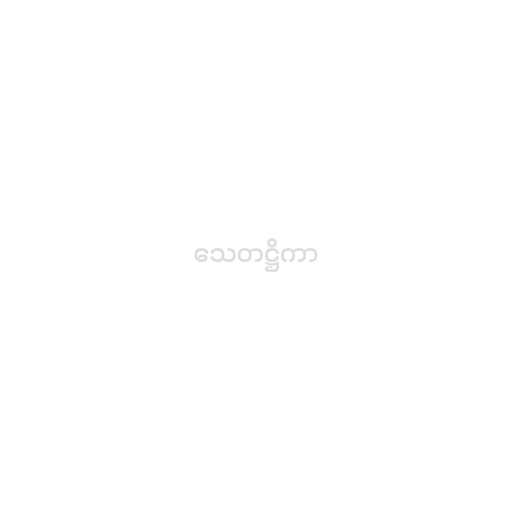
သေတဋ္ဌိကာ